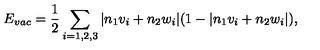
E _ { v a c } = \frac { 1 } { 2 } \sum _ { i = 1 , 2 , 3 } | n _ { 1 } v _ { i } + n _ { 2 } w _ { i } | ( 1 - | n _ { 1 } v _ { i } + n _ { 2 } w _ { i } | ) ,